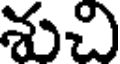
శుచి